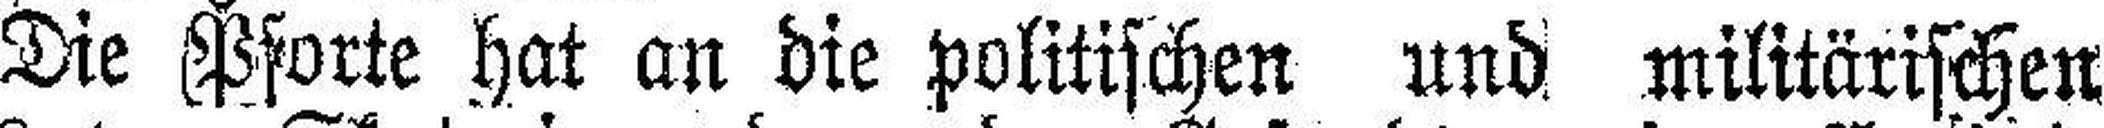
Die Pforte hat an die politischen und militärischen